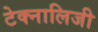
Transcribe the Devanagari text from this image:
टेक्नालिजी